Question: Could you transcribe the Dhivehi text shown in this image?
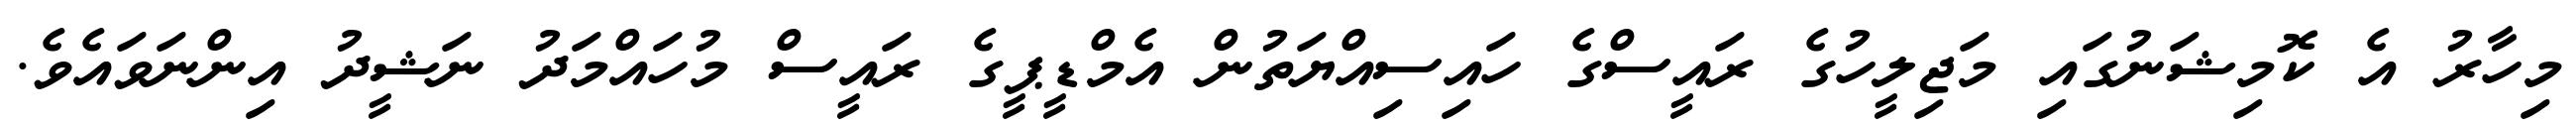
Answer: މިހާރު އެ ކޮމިޝަނުގައި މަޖިލީހުގެ ރައީސްގެ ހައިސިއްޔަތުން އެމްޑީޕީގެ ރައީސް މުހައްމަދު ނަޝީދު އިންނަވައެވެ.